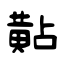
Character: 黇